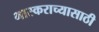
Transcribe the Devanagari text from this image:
भास्कराच्यासाठी